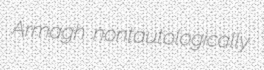
Armagh nontautologically